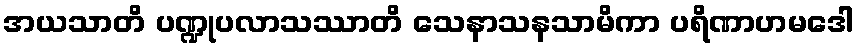
အယသာတိ ပဏ္ဍုပလာသဿာတိ သေနာသနသာမိကာ ပရိဏာဟမဒေါ